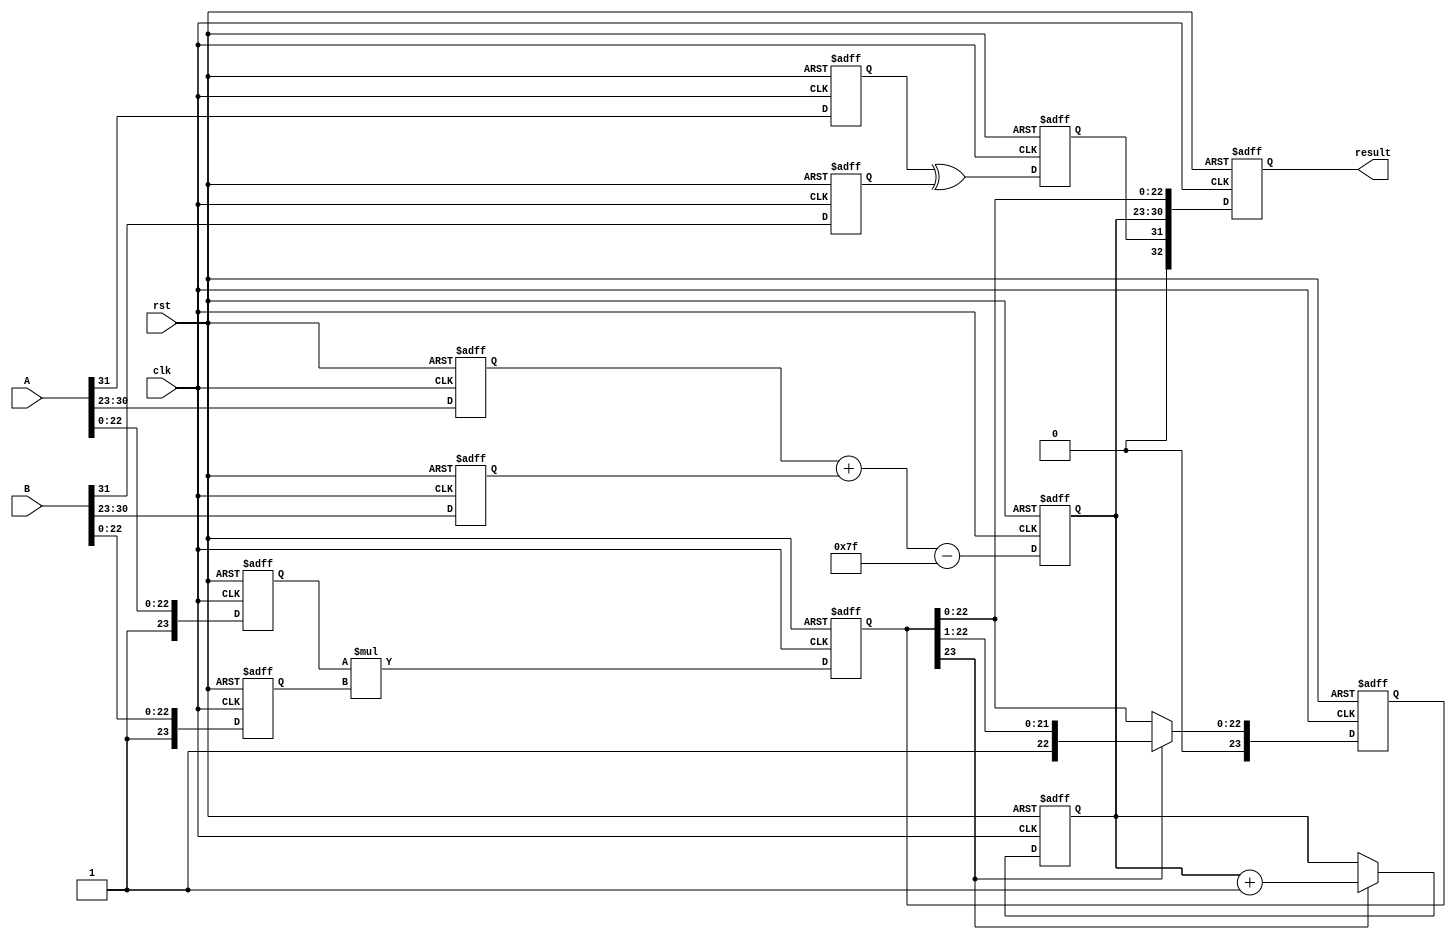
module fp_multiplier #(
    parameter E = 8, // Number of exponent bits
    parameter F = 23, // Number of mantissa bits
    parameter BIAS = 127 // Bias for the exponent
)(
    input clk,
    input rst,
    input [E + F + 1:0] A, // 1 sign + E exponent + F mantissa
    input [E + F + 1:0] B, // 1 sign + E exponent + F mantissa
    output reg [E + F + 1:0] result // 1 sign + E exponent + F mantissa
);

    // Internal signals for pipeline stages
    reg sign_a, sign_b, sign_result;
    reg [E-1:0] exp_a, exp_b, exp_result;
    reg [F:0] mant_a, mant_b, mant_result; // F+1 to accommodate for implicit leading 1

    // Pipeline stage 1: Input registration
    always @(posedge clk or posedge rst) begin
        if (rst) begin
            sign_a <= 0;
            exp_a <= 0;
            mant_a <= 0;
            sign_b <= 0;
            exp_b <= 0;
            mant_b <= 0;
        end else begin
            sign_a <= A[E + F];
            exp_a <= A[E + F - 1:E + F - E];
            mant_a <= {1'b1, A[F - 1:0]}; // Implicit leading 1 for normalized values
            sign_b <= B[E + F];
            exp_b <= B[E + F - 1:E + F - E];
            mant_b <= {1'b1, B[F - 1:0]}; // Implicit leading 1 for normalized values
        end
    end

    // Pipeline stage 2: Sign calculation
    always @(posedge clk or posedge rst) begin
        if (rst) begin
            sign_result <= 0;
        end else begin
            sign_result <= sign_a ^ sign_b;
        end
    end

    // Pipeline stage 3: Exponent calculation
    always @(posedge clk or posedge rst) begin
        if (rst) begin
            exp_result <= 0;
        end else begin
            exp_result <= exp_a + exp_b - BIAS; // Exponent addition and bias adjustment
        end
    end

    // Pipeline stage 4: Mantissa multiplication
    always @(posedge clk or posedge rst) begin
        if (rst) begin
            mant_result <= 0;
        end else begin
            mant_result <= mant_a * mant_b; // Mantissa multiplication
        end
    end

    // Pipeline stage 5: Result normalization
    always @(posedge clk or posedge rst) begin
        if (rst) begin
            exp_result <= 0;
            mant_result <= 0;
        end else if (mant_result[F] == 1) begin
            // If mantissa is normalized
            mant_result <= mant_result >> 1; // Shift right
            exp_result <= exp_result + 1; // Increment exponent
        end
        // Additional normalization logic can be added here for denormalized values
    end

    // Pipeline stage 6: Final registration
    always @(posedge clk or posedge rst) begin
        if (rst) begin
            result <= 0;
        end else begin
            result <= {sign_result, exp_result, mant_result[F-1:0]};
        end
    end

endmodule